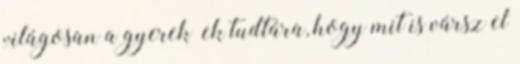
világosan a gyerek ek tudtára, hogy mit is vársz el